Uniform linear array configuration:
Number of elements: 12
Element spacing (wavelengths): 0.75
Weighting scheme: binomial
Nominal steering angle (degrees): -30
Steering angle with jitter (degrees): -31.296
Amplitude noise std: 0.05
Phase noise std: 0.05

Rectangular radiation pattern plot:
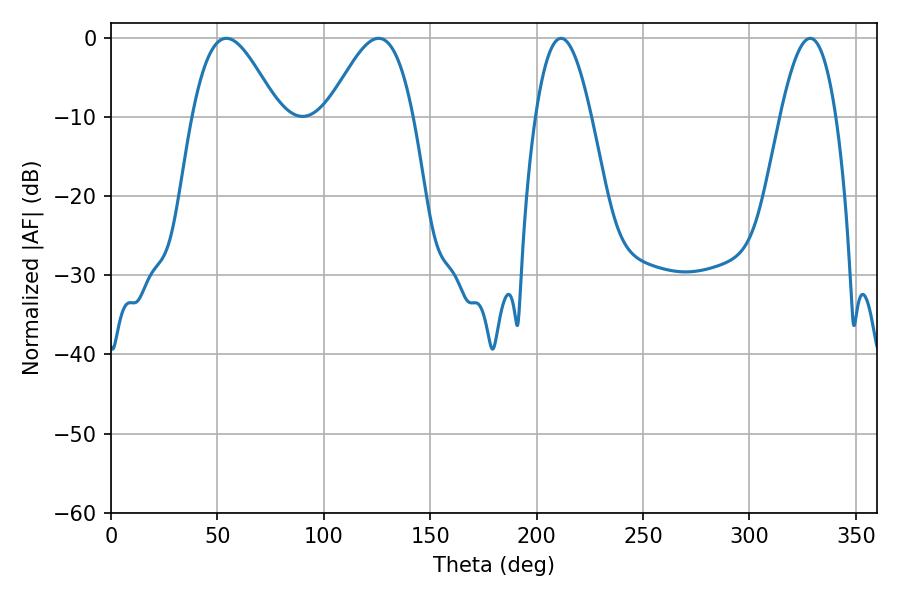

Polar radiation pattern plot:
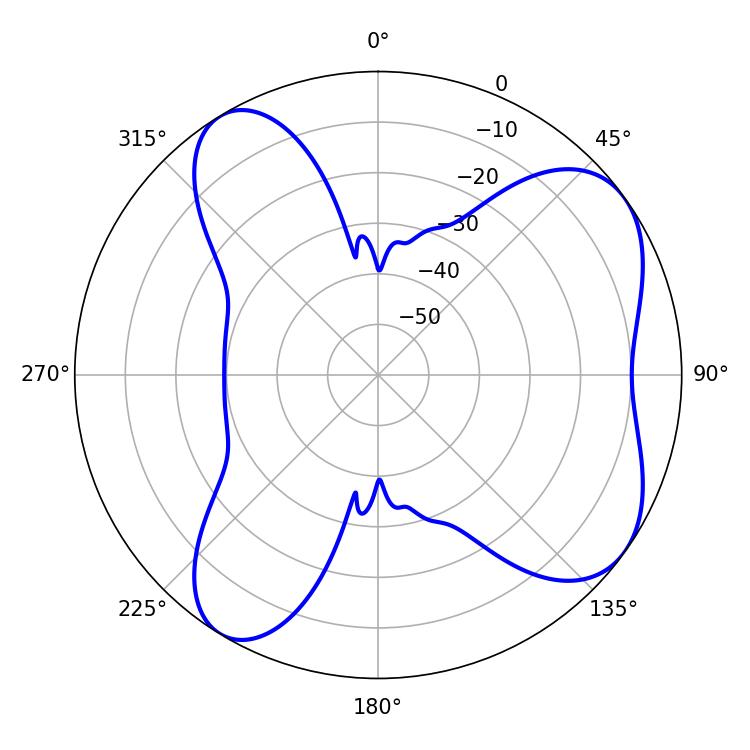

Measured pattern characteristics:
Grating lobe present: TRUE
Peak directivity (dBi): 6.673
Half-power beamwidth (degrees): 21.6
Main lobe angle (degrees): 54.18